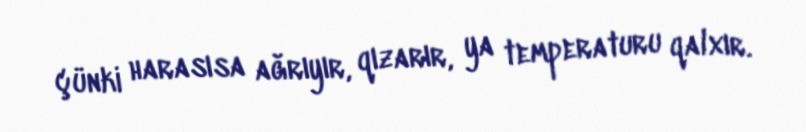
çünki harasısa ağrıyır, qızarır, ya temperaturu qalxır.